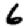
Digit: 6